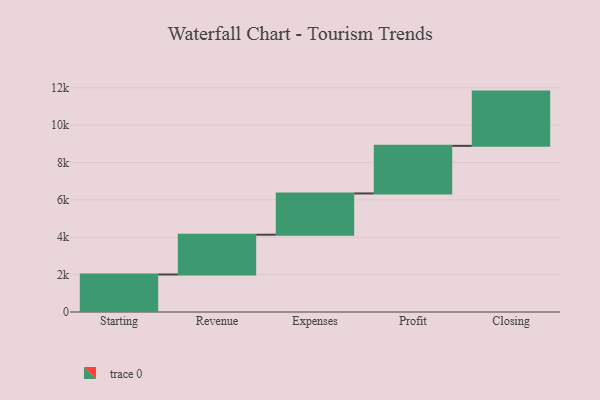
{"axis": {"x": "Step", "y": "Value"}, "legend": [""], "data": [{"x": "Starting", "y": 2008.0, "type": ""}, {"x": "Revenue", "y": 2128.0, "type": ""}, {"x": "Expenses", "y": 2208.0, "type": ""}, {"x": "Profit", "y": 2547.0, "type": ""}, {"x": "Closing", "y": 2903.0, "type": ""}]}